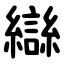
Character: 䜌